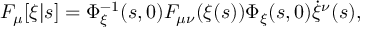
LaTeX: F _ { \mu } [ \xi | s ] = \Phi _ { \xi } ^ { - 1 } ( s , 0 ) F _ { \mu \nu } ( \xi ( s ) ) \Phi _ { \xi } ( s , 0 ) \dot { \xi } ^ { \nu } ( s ) ,